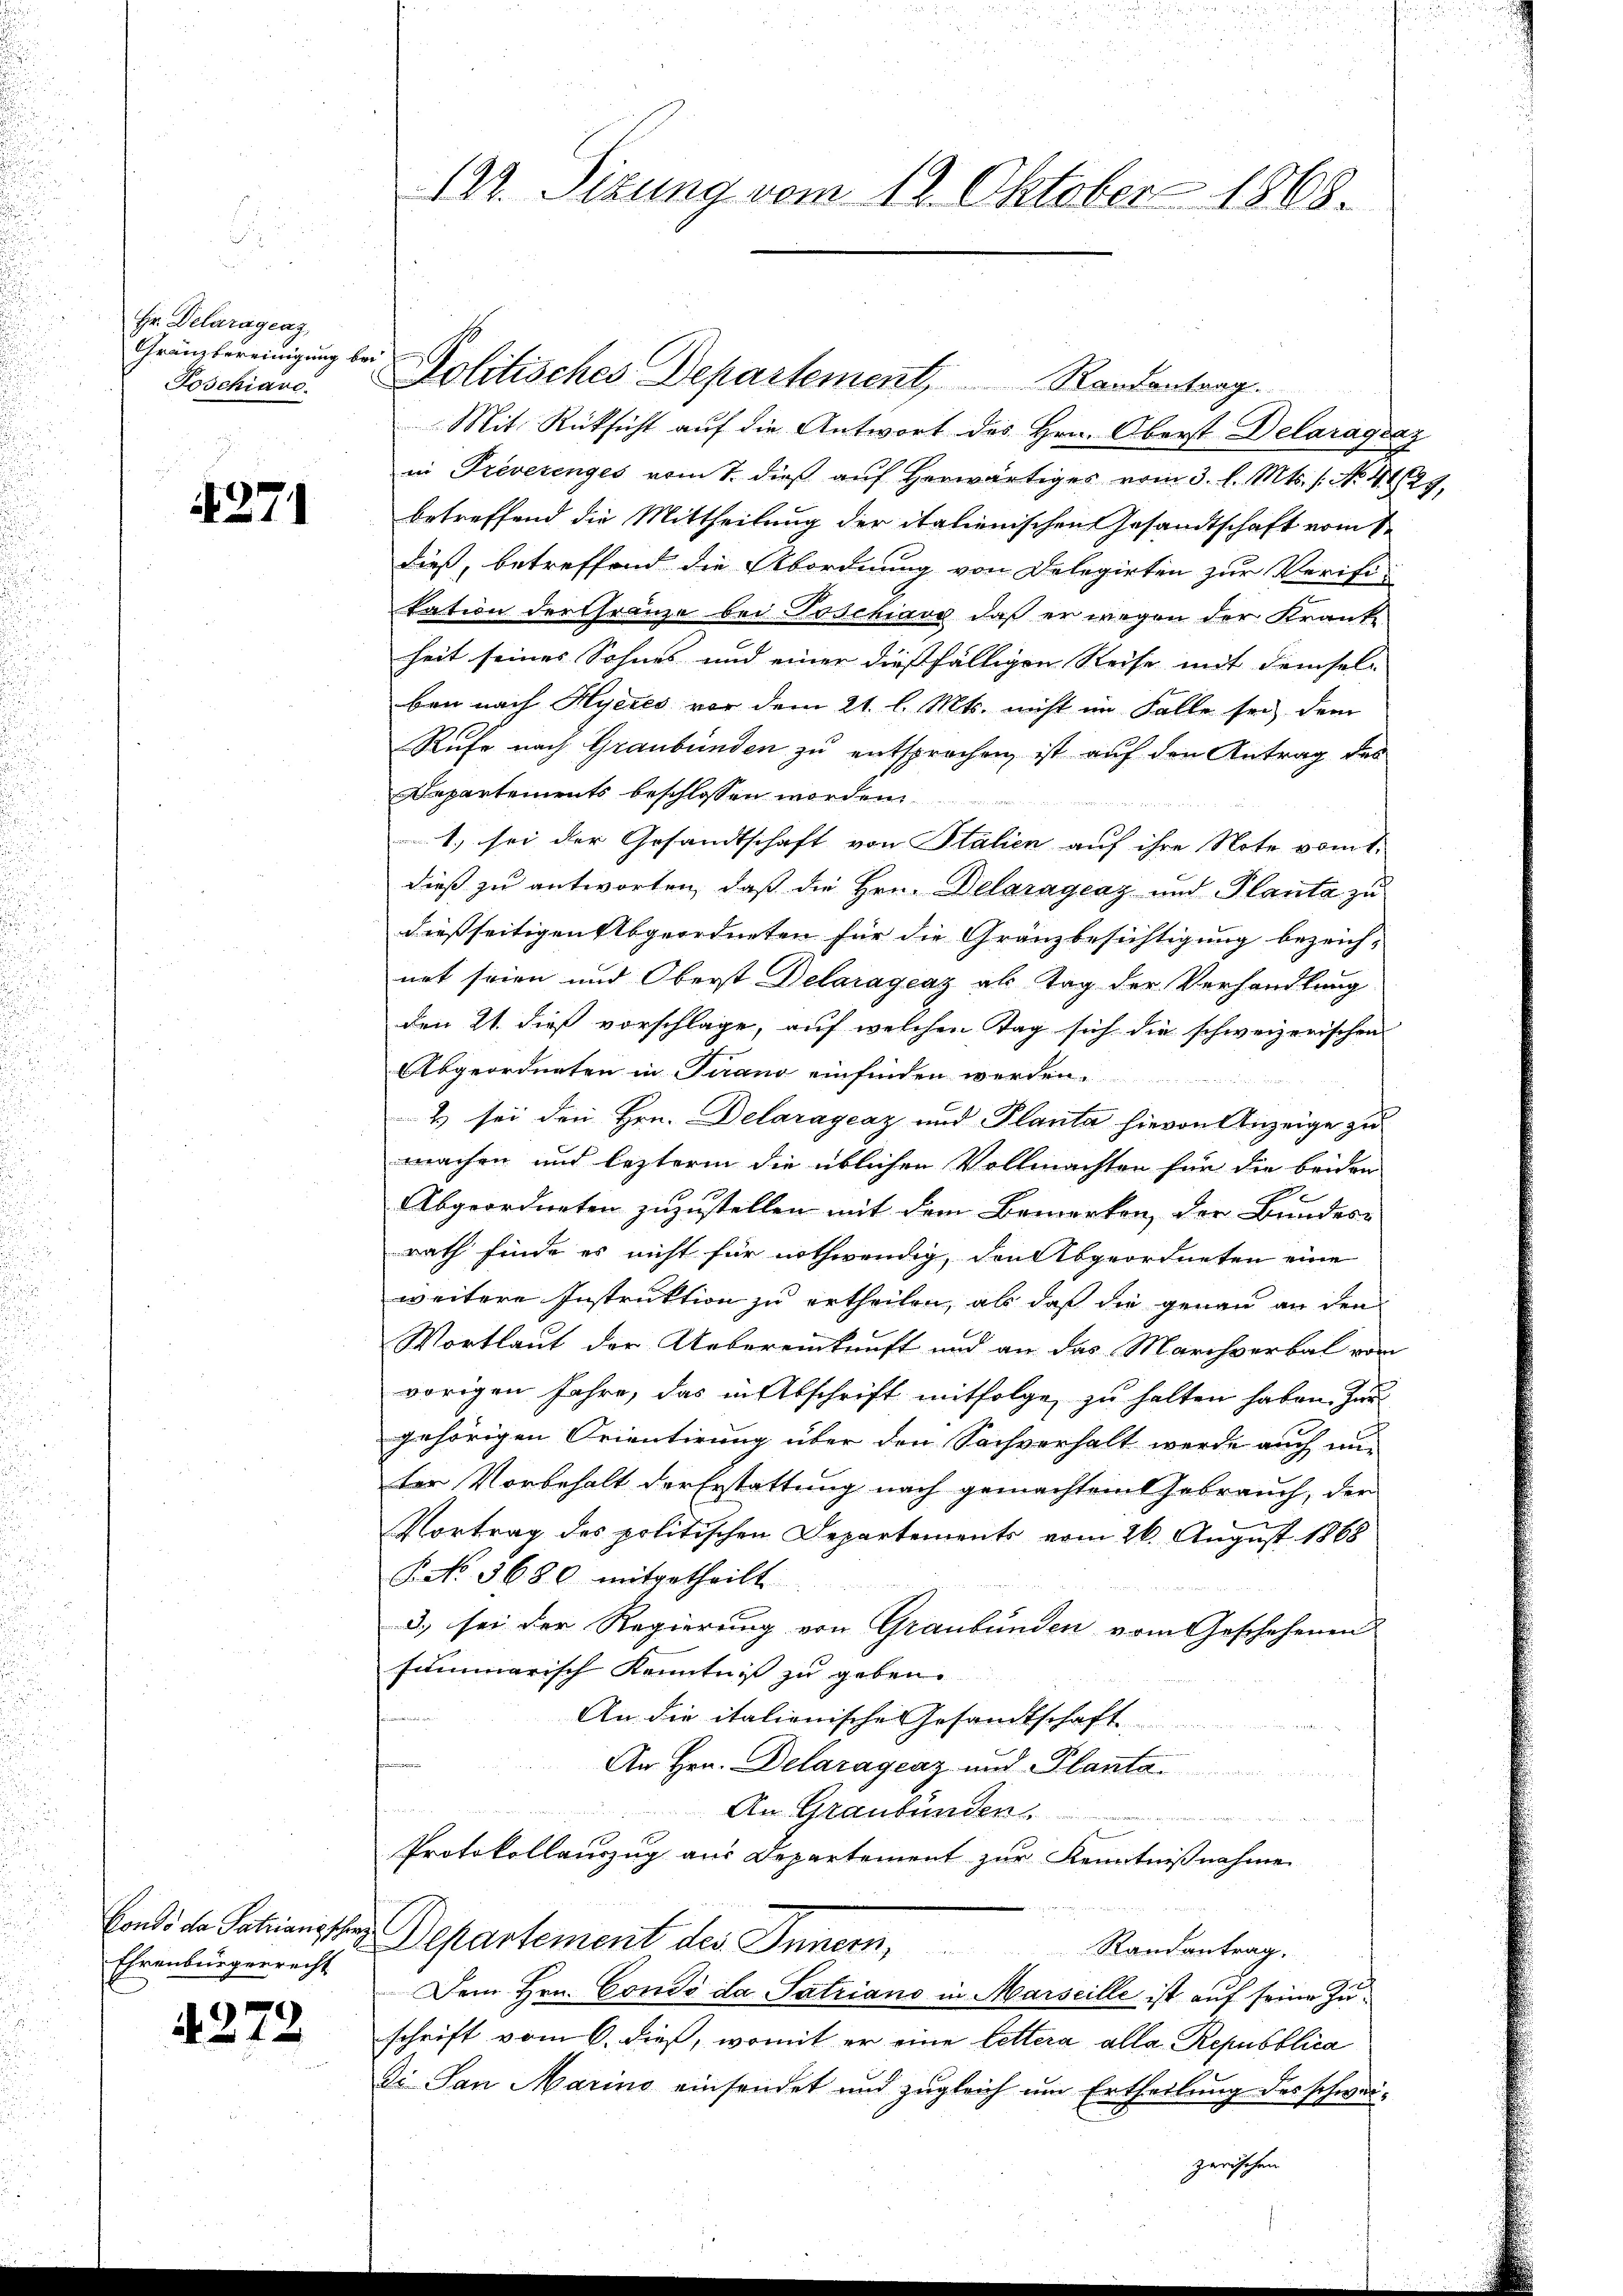
Hr. Delaragenz
Gränzbereinigung bei
Poschianc

4271

Ehrenbürgerrecht

4272

122. Sizung vom 12. Oktober 1868.

Politisches Departement, Randantrag.
Mit Rücksicht auf die Antwort des Hrn. Oberst Delaragraz
in Preverenges vom 7. dieβ aŭf herwärtiges vom 3. l. Mts. /: No 4429,
betreffend die Mittheilung der italienischen Gesandtschaft vom 1.
dieß, betreffend die Abordnung von Delegirten zur Verifitation der Gränze bei Poschiavo, daß er wegen der Krank
heit seines Sohnes und einer dießfälligen Reise mit demsel-
ben nach Hyeres vor dem 21. l. Mts. nicht im Falle sei dem
Rufe nach Graubünden zu entsprochen ist auf den Antrag des
Departements beschlossen worden.
1.) sei der Gesandtschaft von Stalien auf ihre Note vom 1.
dieß zu antworten, daß die Hrn. Delaragraz und Planta zu
dießseitigen Abgeordneten für die Granzbesichtigung bezeich-
net seien und Oberst Delaragenz als Tag der Verhandlung
den 21. dieß vorschlage, auf welchen Tag sich die schweizerischen
Abgeordneten in Tirano einfinden werden.
2 sei den Hrn. Delarayeaz und Planta hievon Anzeige zu
machen und lezterm die üblichen Vollmachten für die beiden
Abgeordneten zuzustellen mit dem Bemerken der Bundes
rath finde es nicht für nothwendig, den Abgeordneten eine
weitere Instruktion zu ertheilen, als daß die genau an den
Wortlaut der Uebereinkunft und an das Marchverbal vom
vorigen Jahre, das in Abschrift mitfolge zu halten haben. Zur
gehörigen Orientirung über den Sachverhalt werde auch um
ter Vorbehalt der Erstattung nach gemachten Gebrauch, der
Vortrag des politischen Departements vom 26. August 1868
P. No. 3680 mitgetheilt
3) sei der Regierung von Graubünden vom Geschehenen
summarisch Kenntniß zu geben.
An die italienische Gesandtschaft
An Hrn. Delaragenz und Planta.
An Graubünden.
3 et der
Protokollauszug aus Departement zur Kenntnißnahme
Fonds der Satianischen Departement des Innern,
Randantrag.
Dem Hrn. Condo da Satziano in Marseille ist auf seine Zuschrift vom 6. dieß, womit er eine lettera alle Repubblica
Di San Marino einsendet und zugleich um Ertheilung des schweizerischen